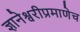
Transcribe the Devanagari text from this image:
ज्ञानेश्वरीप्रमाणेच